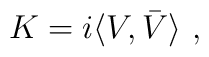
K= i \langle V,\bar V\rangle \ ,